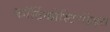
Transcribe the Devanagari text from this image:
कॉर्टिकोस्टिरॉइड्स